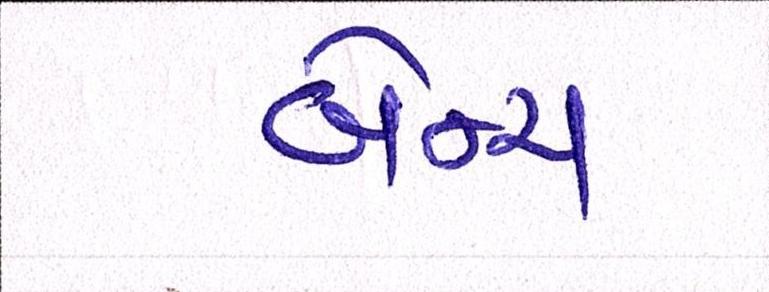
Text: બેન્ચ